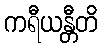
ကရီယန္တီတိ